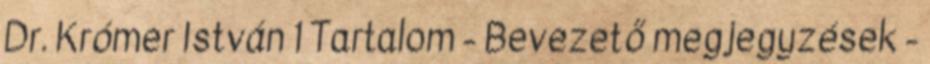
Dr. Krómer István 1 Tartalom - Bevezető megjegyzések -